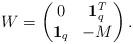
LaTeX: \begin{align*}W=\begin{pmatrix} 0 & {\bf 1}_q^T \\ {\bf 1}_q & -M \end{pmatrix}. \end{align*}